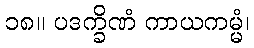
၁၈။ ပဒက္ခိဏံ ကာယကမ္မံ၊